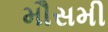
મૌસમી